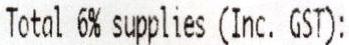
TOTAL 6% SUPPLIES (INC. GST):